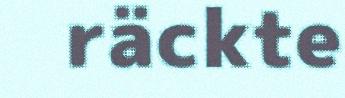
räckte